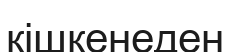
кішкенеден